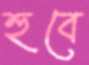
হুবে